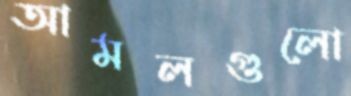
আমলগুলো